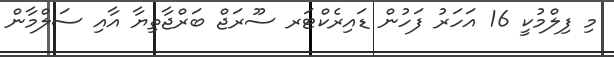
މި ފިލްމުކީ 16 އަހަރު ފަހުން ޑައިރެކްޓަރ ސޫރަޖް ބަރްޖާތިޔާ އާއި ސަލްމާން